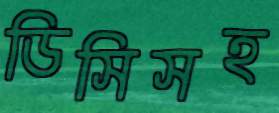
ডিসিসহ